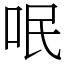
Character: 呡